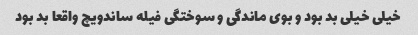
خیلی خیلی بد بود و بوی ماندگی و سوختگی فیله ساندویچ واقعا بد بود